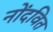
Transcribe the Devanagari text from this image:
नोंदवित